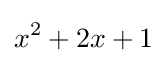
x^{2}+2x+1